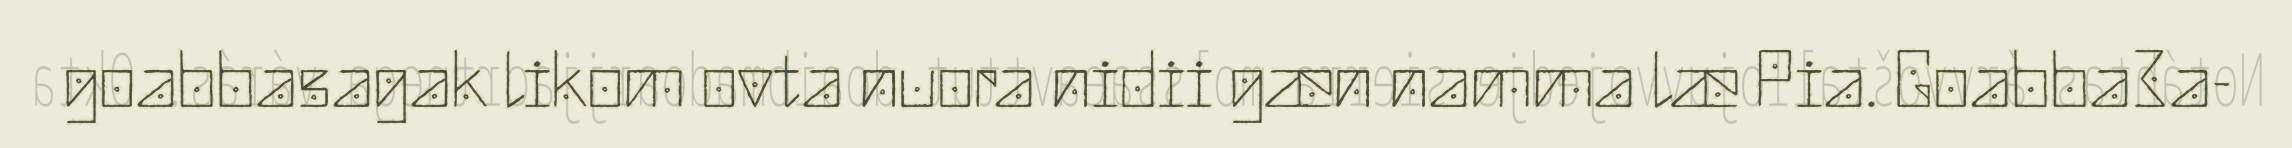
goabbasagak likom ovta nuora nidii gæn namma læ Pia. Goabba3a-